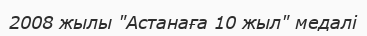
2008 жылы "Астанаға 10 жыл" медалі